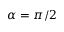
\alpha = \pi / 2